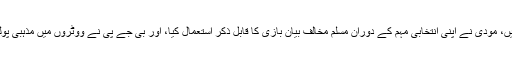
2002ء کے انتخابات میں، مودی نے اپنی انتخابی مہم کے دوران مسلم مخالف بیان بازی کا قابل ذکر استعمال کیا، اور بی جے پی نے ووٹروں میں مذہبی پولرائزیشن سے فائدہ اٹھایا۔